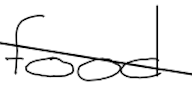
Text: food
Cross-out: diagonal
Writing tool: digital_black